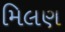
મિલણ